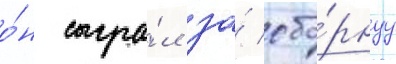
о́н сыгра́л за́ сбо́рнуу